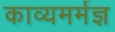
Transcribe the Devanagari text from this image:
काव्यमर्मज्ञ